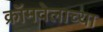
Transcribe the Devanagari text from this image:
क्रॉमवेलाच्या